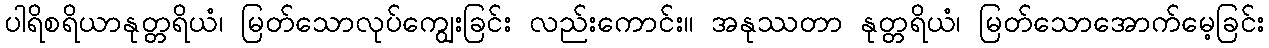
ပါရိစရိယာနုတ္တရိယံ၊ မြတ်သောလုပ်ကျွေးခြင်း လည်းကောင်း။ အနုဿတာ နုတ္တရိယံ၊ မြတ်သောအောက်မေ့ခြင်း